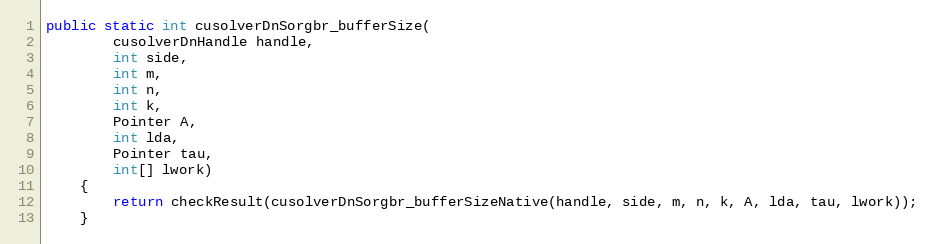
Language: Java
public static int cusolverDnSorgbr_bufferSize(
        cusolverDnHandle handle,
        int side,
        int m,
        int n,
        int k,
        Pointer A,
        int lda,
        Pointer tau,
        int[] lwork)
    {
        return checkResult(cusolverDnSorgbr_bufferSizeNative(handle, side, m, n, k, A, lda, tau, lwork));
    }